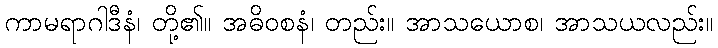
ကာမရာဂါဒီနံ၊ တို့၏။ အဓိဝစနံ၊ တည်း။ အာသယောစ၊ အာသယလည်း။